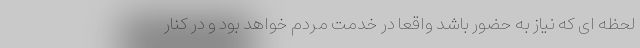
لحظه ای که نیاز به حضور باشد واقعاً در خدمت مردم خواهد بود و در کنار